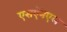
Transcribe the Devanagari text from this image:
एसऍनएल